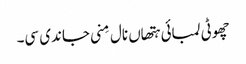
چھوٹی لمبائی ہتھاں نال مِنی جاندی سی۔